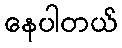
နေပါတယ်